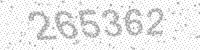
Solution: 265362